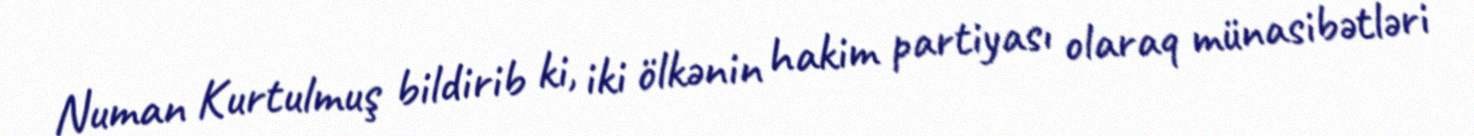
Numan Kurtulmuş bildirib ki, iki ölkənin hakim partiyası olaraq münasibətləri